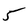
Character: 5